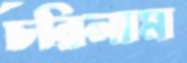
চরিলাম